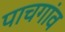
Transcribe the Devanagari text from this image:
पाचगांव